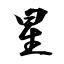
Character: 星